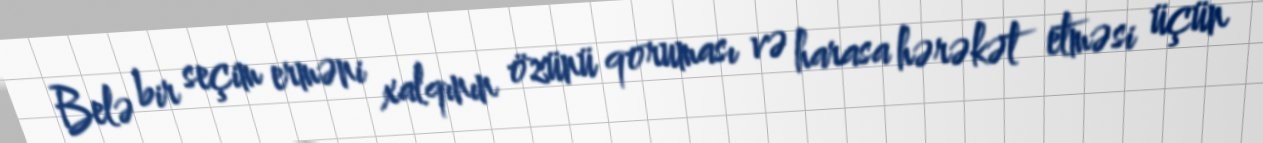
Belə bir seçim erməni xalqının özünü qoruması və harasa hərəkət etməsi üçün